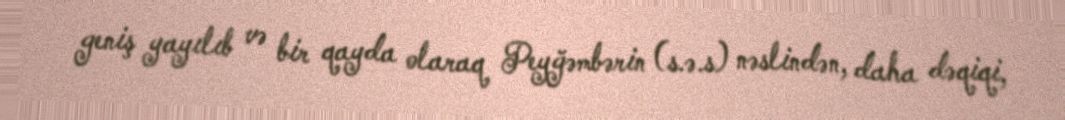
geniş yayılıb və bir qayda olaraq Peyğəmbərin (s.ə.s) nəslindən, daha dəqiqi,